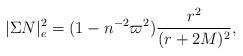
LaTeX: \begin{align*}|\Sigma N|^2_e=(1-n^{-2} \varpi^2)\frac{r^2}{(r+2M)^2},\end{align*}